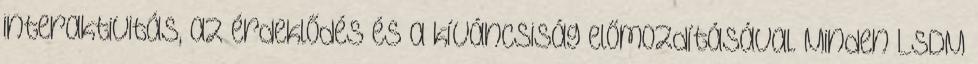
interaktivitás, az érdeklődés és a kíváncsiság előmozdításával. Minden LSDM